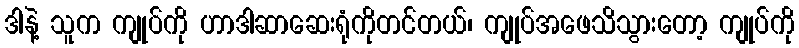
ဒါနဲ့ သူက ကျုပ်ကို ဟာဒါဆာဆေးရုံကိုတင်တယ်၊ ကျုပ်အဖေသိသွားတော့ ကျုပ်ကို